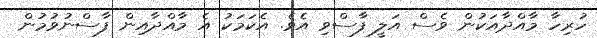
ހުރިހާ މާއްދާއަކުން ވެސް އަލީ ފާސްވި އެވެ. އެކަމަކު އެ މާއްދާއިން ފާސްނުވުމުން